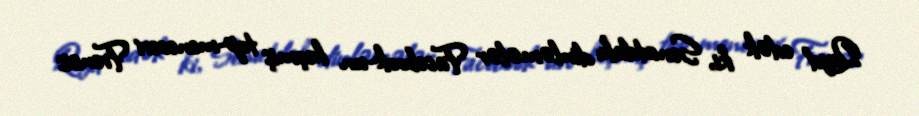
Qeyd edək ki, Senatdakı dinləmələr Facebook-un keçmiş top-meneceri Frensis